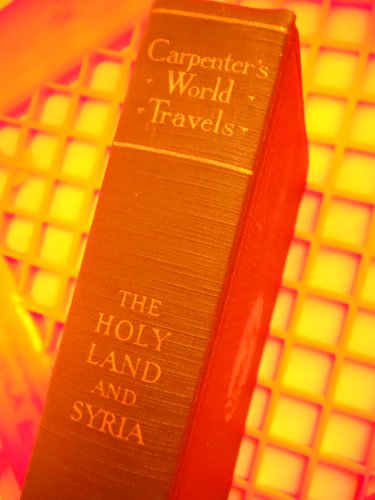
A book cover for The Holy Land and Syria,; Frank G Carpenter; Travel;